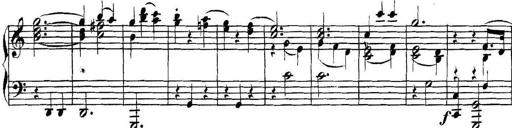
Title: Collected Piano Sonatas
Composer: Muzio Clementi